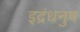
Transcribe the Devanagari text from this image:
इद्रंधनुष